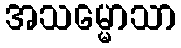
အသမ္မောသာ